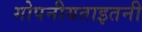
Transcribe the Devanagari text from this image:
गोपनीयताइतनी